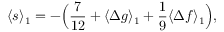
\begin{array} { c c c } { \displaystyle { \langle s \rangle _ { 1 } = - \Big ( \frac { 7 } { 1 2 } + \langle \Delta g \rangle _ { 1 } + \frac { 1 } { 9 } \langle \Delta f \rangle _ { 1 } \Big ) , } } \end{array}